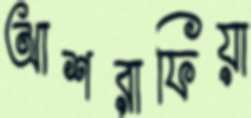
আশরাফিয়া